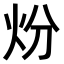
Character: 𤆶